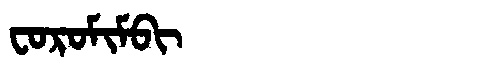
Manchu: ᠸᠣᡵᠣᠮᡳᠮᠪᡳ
Romanization: FOROMIMBI